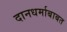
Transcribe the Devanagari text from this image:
दानधर्माबाबत